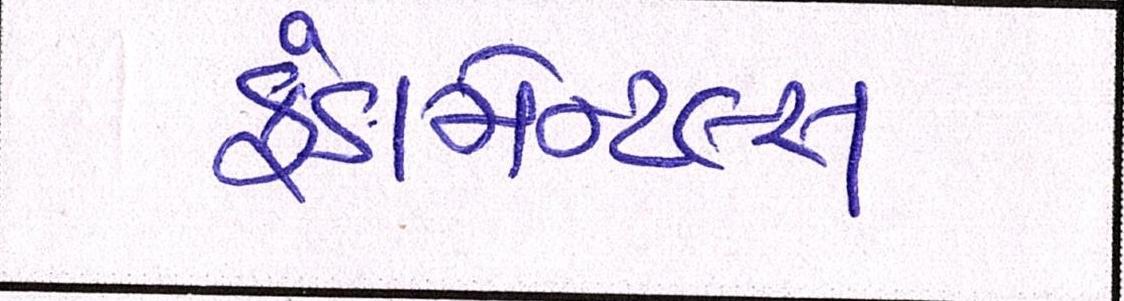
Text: ફંડામેન્ટલ્સ